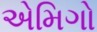
એમિગો